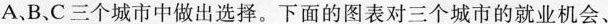
A、B、C三个城市中做出选择。下面的图表对三个城市的就业机会、